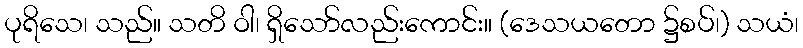
ပုရိသေ၊ သည်။ သတိ ဝါ၊ ရှိသော်လည်းကောင်း။ (ဒေသယတော ၌စပ်၊) သယံ၊